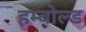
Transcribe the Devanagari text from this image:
हम्बोल्ड